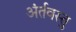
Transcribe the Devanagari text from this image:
अंर्तवस्तु